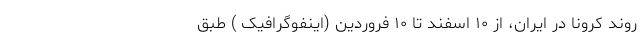
روند کرونا در ایران، از ۱۰ اسفند تا ۱۰ فروردین (اینفوگرافیک ) طبق